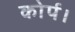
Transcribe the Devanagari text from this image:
कोर्प।